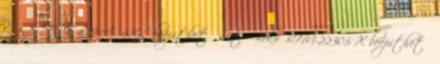
Candy FPE 629A 6XL beépíthető sütő Beko BIM-22305 X beépíthető